Vaccine operations Central Provinces & Berar 1922-1929 - 1922-1929
Year: 1922
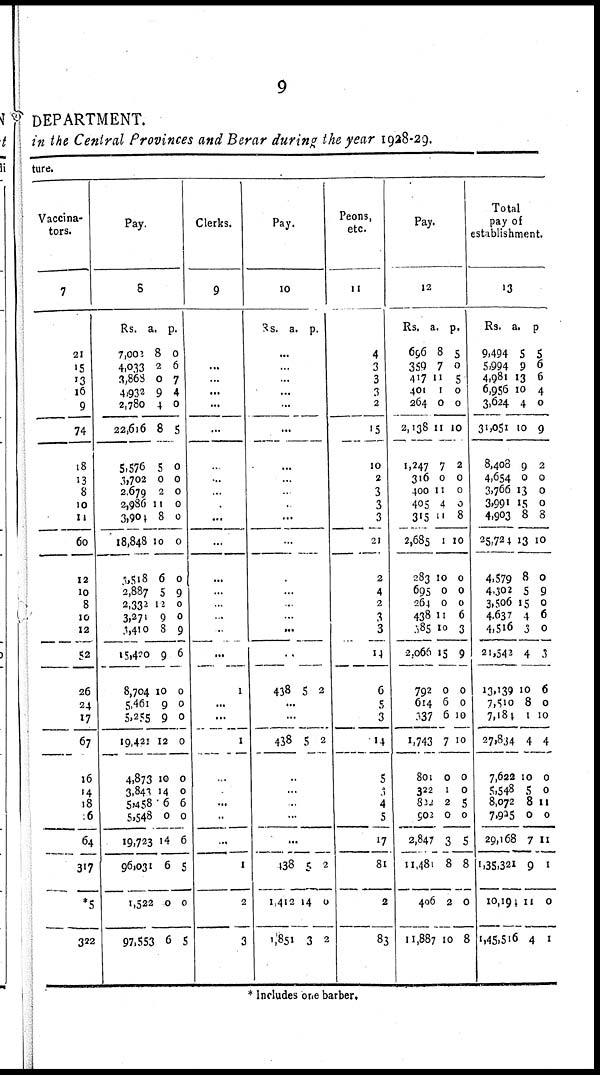
9
DEPARTMENT.
in the Central Provinces and Berar during the year 1928-29.
ture.
Vaccina-
tors.
7
21
15
13
16
9
74
18
13
8
10
11
60
12
10
8
10
12
52
26
24
17
67
16
14
18
6
64
317
*5
322
Pay.
8
Rs.
7,002
4,033
3,868
4,932
2,780
22,616
5,576
3,702
2,679
2,986
3,904
18,848
3,518
2,887
2,332
3,271
3,410
15,420
8,704
5,461
5,255
19,421
4,873
3,843
5,458
5,548
19,723
96,031
1,522
97,553
a.
8
2
0
9
4
8
5
0
2
11
8
10
6
5
12
9
8
9
10
9
9
12
10
14
6
0
14
6
0
6
P.
0
6
7
4
0
5
0
0
0
0
0
0
0
9
0
0
9
6
0
0
0
0
0
0
6
0
6
5
0
5
Clerks.
9
...
...
...
...
...
...
...
...
...
...
...
...
...
...
..
...
...
1
...
...
1
.
. ...
..
..
1
2
3
Pay.
10
Rs. a. p.
...
...
...
...
..
...
...
...
...
...
...
...
...
...
.
...
...
..
438 5 2
...
...
438 5 2
..
...
...
...
...
138
1,412
1,851
5
14
3
2
0
2
Peons,
etc.
11
4
3
3
3
2
15
10
2
3
3
3
21
2
4
2
3
3
14
6
5
3
14
5
3
4
5
17
81
2
83
Pay.
12
Rs.
696
359
417
401
264
2,138
1,247
316
400
405
315
2,685
283
695
264
438
385
2,066
792
614
337
1,743
801
322
832
902
2,847
11,481
406
11,887
a.
8
7
11
1
0
11
7
0
11
4
11
1
10
0
0
11
10
15
0
6
6
7
0
1
2
0
3
8
2
10
p.
5
0
5
0
0
10
2
0
0
0
8
10
0
0
0
6
3
9
0
0
10
10
0
0
5
0
5
8
0
8
Total
pay of
establishment.
13
Rs.
9,494
5,994
4,981
6,956
3,624
31,051
8,408
4,654
3,766
3,991
4,903
25,724
4,579
4,302
3,506
4,637
4,516
21,542
13,139
7,510
7,184
27,834
7,622
5,548
8,072
7,925
29,168
1,35,321
10,194
1,45,516
a.
5
9
13
10
4
10
9
0
13
15
8
13
8
5
15
4
3
4
10
8
1
4
10
5
8
0
7
9
11
4
p.
5
6
6
4
0
9
2
0
0
0
8
10
0
9
0
6
0
3
6
0
10
4
0
0
11
0
11
1
0
1
* Includes one barber.